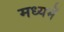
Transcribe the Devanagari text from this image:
मध्‍यमें